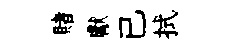
賭獻已拭